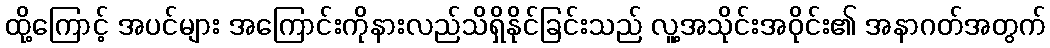
ထို့ကြောင့် အပင်များ အကြောင်းကိုနားလည်သိရှိနိုင်ခြင်းသည် လူ့အသိုင်းအဝိုင်း၏ အနာဂတ်အတွက်